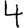
Digit: 4